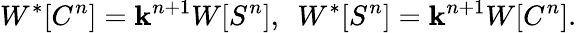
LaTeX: W^{*}[C^{n}]=\mathbf{k}^{n+1}W[S^{n}],~~W^{*}[S^{n}]=\mathbf{k}^{n+1}W[C^{n}].